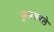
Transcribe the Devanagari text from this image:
कुडतरले